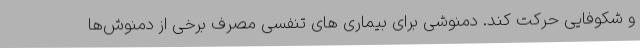
و شکوفایی حرکت کند. دمنوشی برای بیماری های تنفسی مصرف برخی از دمنوش‌ها